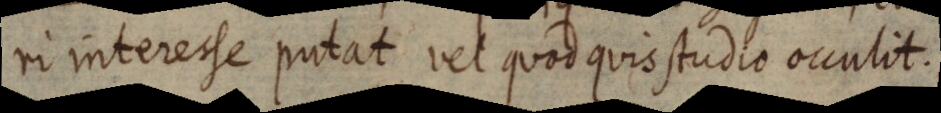
in interesse putat vel quod quis studio occulit.